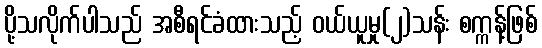
ပို့သလိုက်ပါသည် အစီရင်ခံထားသည့် ဝယ်ယူမှု(၂)သန်း စက္ကန့်ဖြစ်